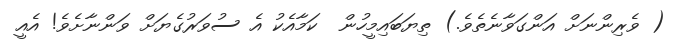
( ވެރިންނަށް އަންގަވާނެތެވެ.) ތިޔަބައިމީހުން  ކަމާއެކު އެ ސުވަރުގެޔަށް ވަންނާށެވެ! އެއީ